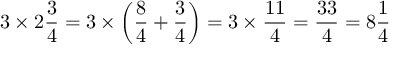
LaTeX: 3 \times 2 { \frac { 3 } { 4 } } = 3 \times \left( { \frac { 8 } { 4 } } + { \frac { 3 } { 4 } } \right) = 3 \times { \frac { 1 1 } { 4 } } = { \frac { 3 3 } { 4 } } = 8 { \frac { 1 } { 4 } }